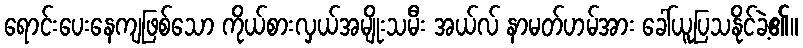
ရောင်းပေးနေကျဖြစ်သော ကိုယ်စားလှယ်အမျိုးသမီး အယ်လ် နာမတ်ဟမ်အား ခေါ်ယူပြသနိုင်ခဲ့၏။